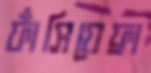
ফাঁসিয়েফ্রা